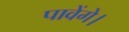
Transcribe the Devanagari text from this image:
पावेंगे।